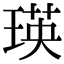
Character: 瑛